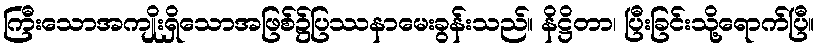
ကြီးသောအကျိုးရှိသောအဖြစ်၌ပြဿနာမေးခွန်းသည်။ နိဋ္ဌိတာ၊ ပြီးခြင်းသို့ရောက်ပြီ။